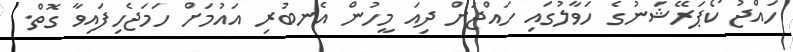
ހައްޖު ކޯޕަރޭޝަނުގެ ހަވާލުގައި ހައްޖަށް ދިއަ މީހުން އެނބުރި އައުމަށް ހަމަޖެހިފައިވާ ގޮތް.